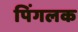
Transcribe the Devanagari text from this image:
पिंगलक